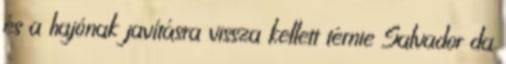
és a hajónak javításra vissza kellett térnie Salvador da